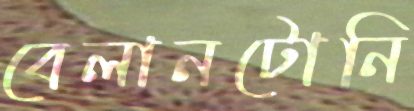
বেলানটোনি